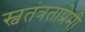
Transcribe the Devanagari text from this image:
स्वतंत्रताप्रेमी